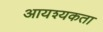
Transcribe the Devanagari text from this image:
आयश्यकता